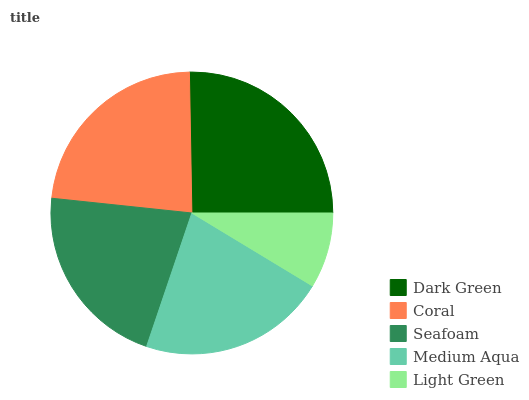
| Dark Green | Coral | Seafoam | Medium Aqua | Light Green |
 | --- | --- | --- | --- | --- |
 | 25.3% | 23.1% | 21.5% | 21.5% | 8.66% |